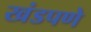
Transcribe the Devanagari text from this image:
खंडपणे